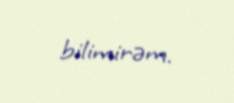
bilimirəm.